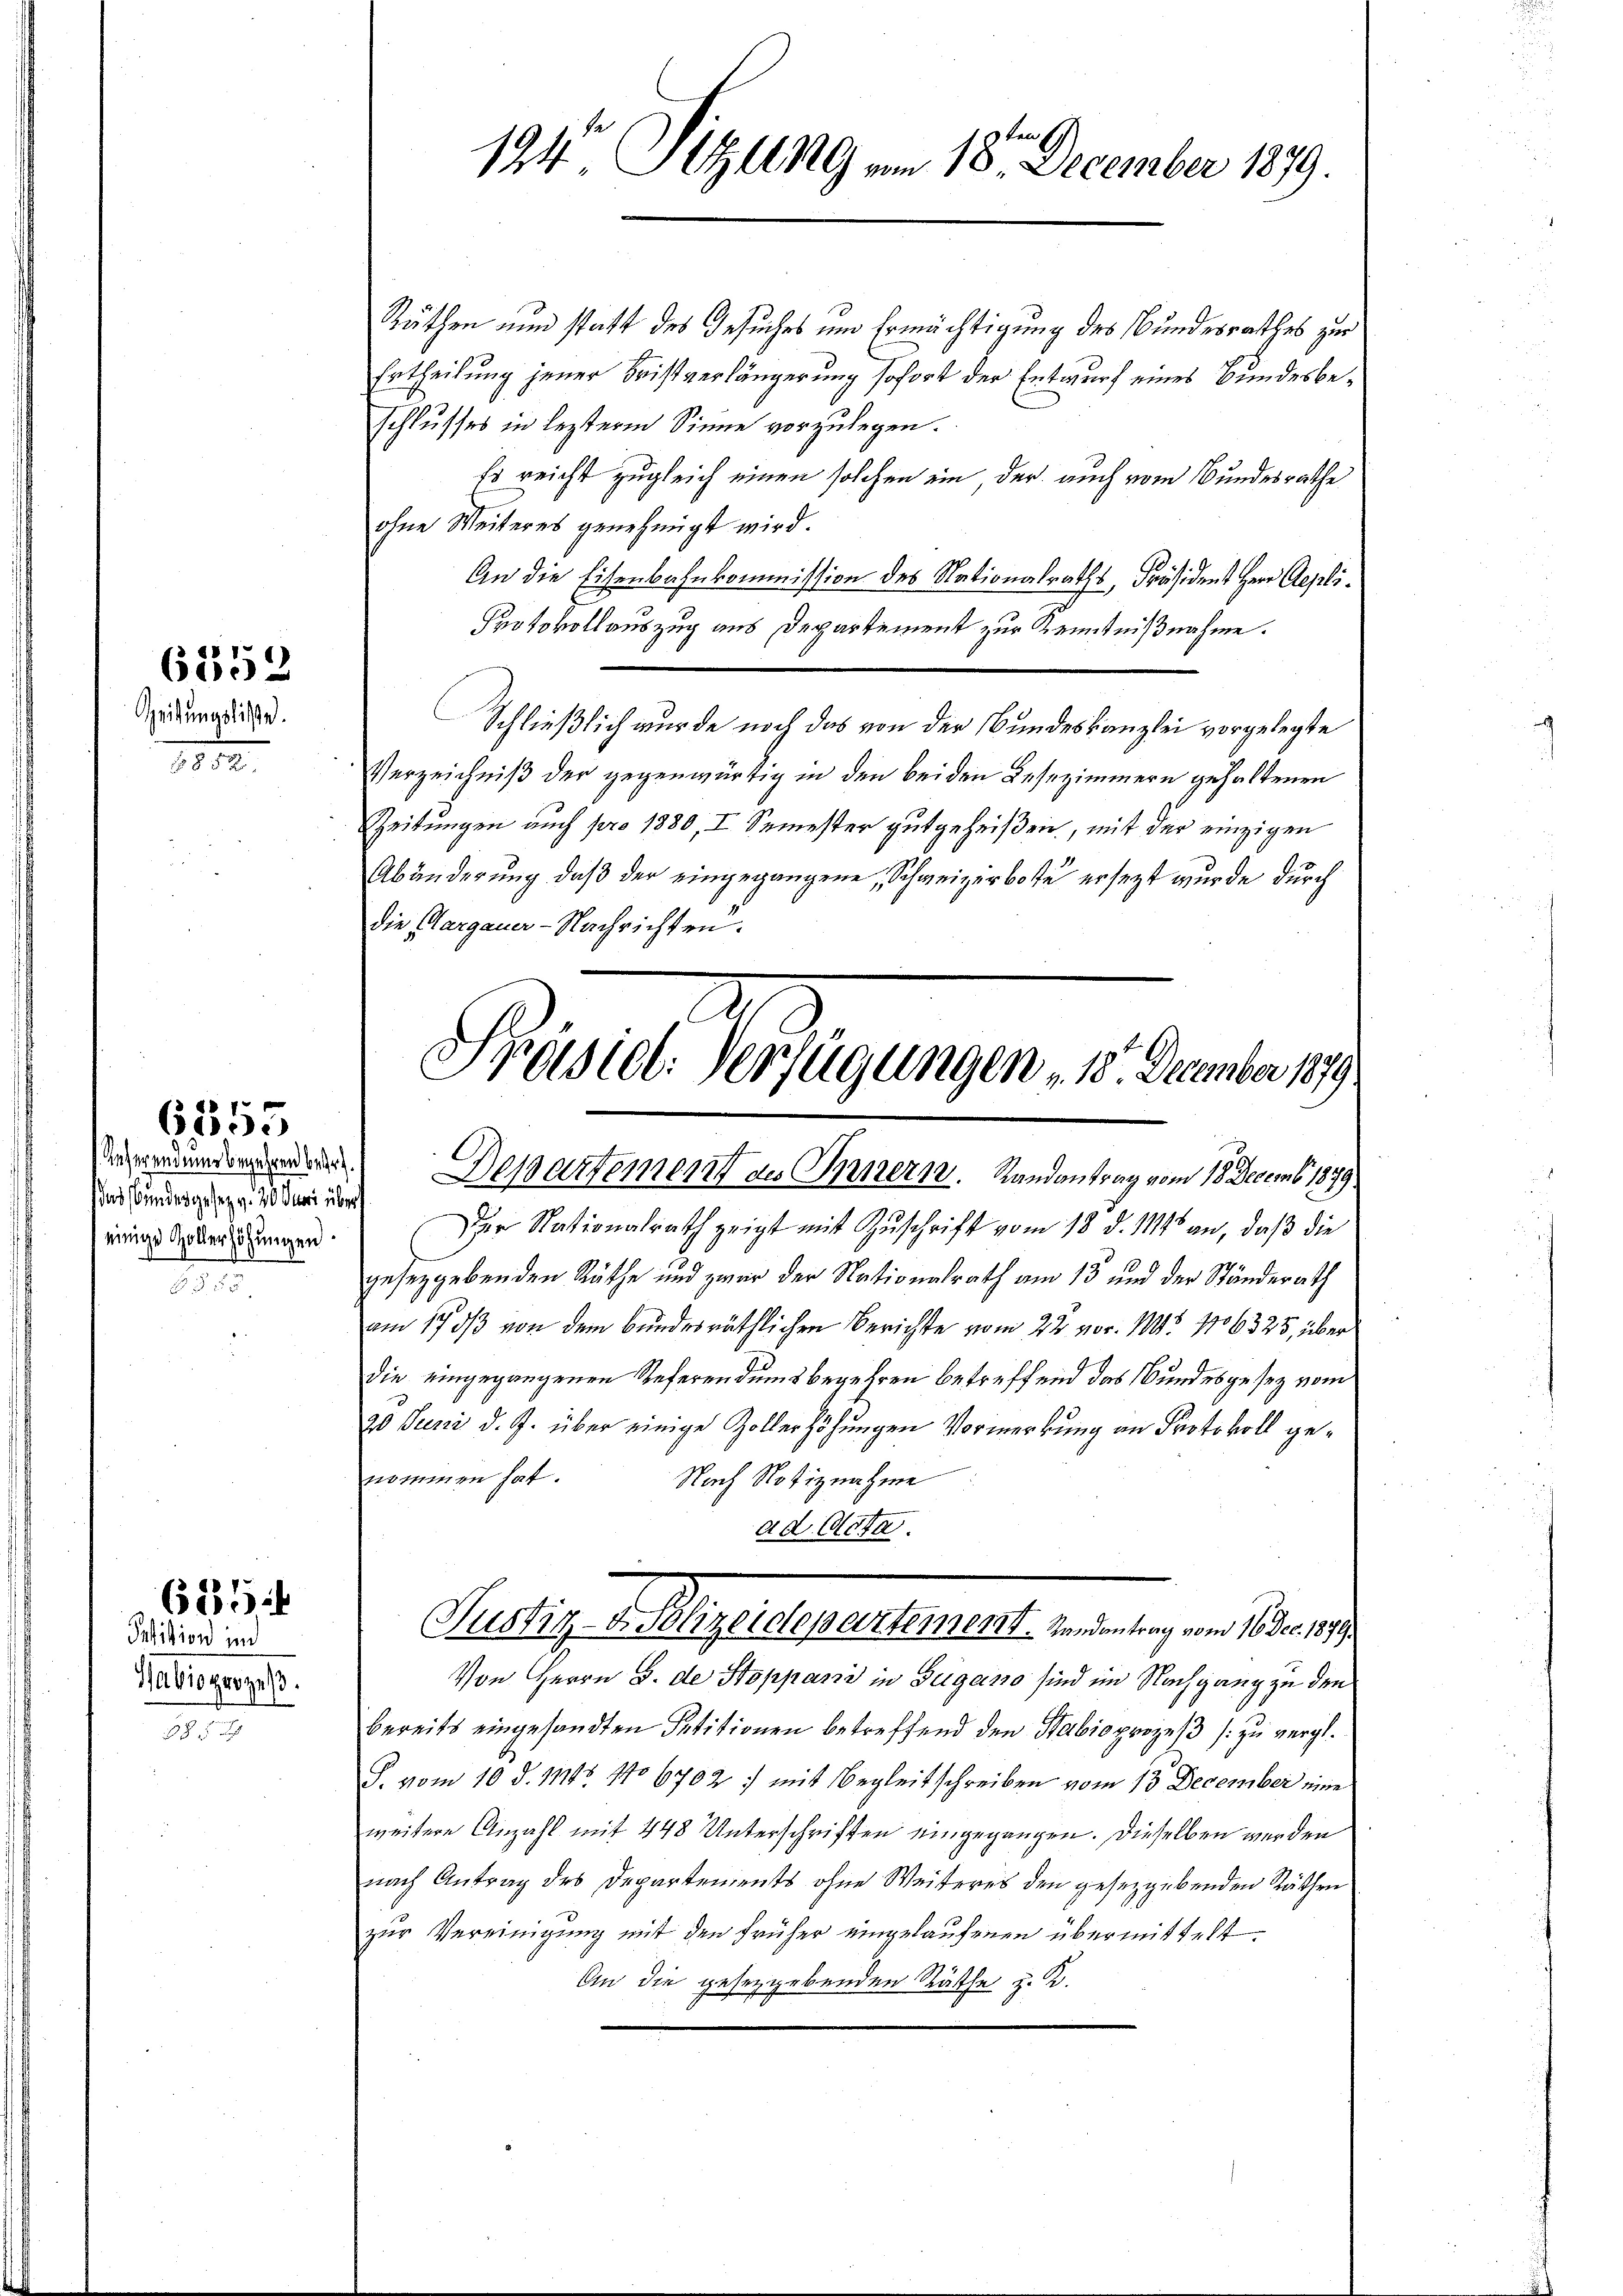
6352
Geitungsliste

.

d. Unserendene Begehren beset
das Bundesgesez v. 20. Mai übers
einige Zollerhöhungen

6155

6254

Petition in
abioger zu

8 5 x

194 Sitzung am 18. December 1879.

Räthen nun statt des Gesuches und Ermächtigung des Bundesrathes zur
Ertheilung jener Fristverlängerung sofort der Entwurf eines Bundesbeschlusses in lezterm Sinne vorzulegen.
Es reicht zugleich einen solchen ein, der auch vom Bundesrathe
ohne Weiteres genehmigt wird.
An die Eisenbahnkommission des Nationalraths, Präsident Herr Repli¬
Protokollauszug aus Departement zur Kenntnißnahme.
Schließlich wurde noch das von der Bundeskanzlei vorgelegte
Verzeichniß der gegenwärtig in den beiden Lesezimmern gehaltenen
Zeitungen auch pro 1880, I Semester gutgeheißen, mit der einzigen
Abänderung, daß der eingegangene Schweizerbote ersezt wurde durch
die Aargauer-Nachrichten.

Präsid. Verfügungen 18. December 1879.
Departement des Innern. Randantrag vom 18. Decemb. 1879

Der Nationalrath zeigt mit Zŭschrift vom 18. d. 1146 an, daβ die
gesetzgebenden Räthe und zwar der Nationalrath am 13 und der Ständerath
am 17/3 von dem bundesräthlichen Berichte vom 22. vor. 115 16325, über
die eingegangenen Referendumsbegehren betreffend das Bundesgesez vom
20. Juni d. J. über einige Zollerhöhungen Vormerkung an Protokoll genommen hat.
Nach Notiznahme
ad Acta.
Von Herrn S. de Stoppani in Beigano sind im Nachgang zu den
bereits eingesandten Petitionen betreffend den Sabio prozeß zu vergl.
S. vom 10. d. 1115 No 67027 mit Begleitschreiben vom 13 December eine
weitere Anzahl mit 448 Unterschriften eingegangen. Dieselben werden
nach Antrag des Departements ohne Weiteres den gesetzgebenden Räthen
zur Vereinigung mit den früher eingelaufenen übermittelt.
An die gesetzgebenden Räthe z. B.

Püstig Pflegendenentement, nennung ein Arten